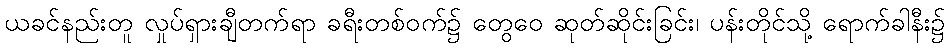
ယခင်နည်းတူ လှုပ်ရှားချီတက်ရာ ခရီးတစ်ဝက်၌ တွေဝေ ဆုတ်ဆိုင်းခြင်း၊ ပန်းတိုင်သို့ ရောက်ခါနီး၌